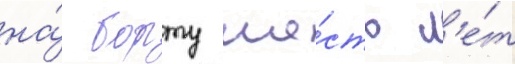
на́ борту ше́сть л'е́т